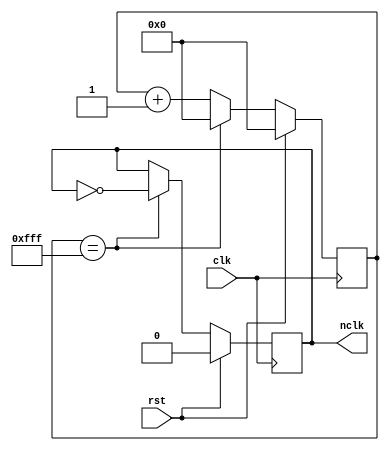
`timescale 1ns / 1ps
//////////////////////////////////////////////////////////////////////////////////
// Company: 
// Engineer: 
// 
// Create Date:    
// Design Name:    
// Module Name:    
// Project Name: 
// Target Devices: 
// Tool versions: 
// Description: 
//
// Dependencies: 
//
// Revision: 
// Revision 0.01 - File Created
// Additional Comments:        
//
//////////////////////////////////////////////////////////////////////////////////
module div_frec2(
	input wire clk, rst,    
	output reg nclk      
    );
	  
reg [11:0] cuenta; 
 
always @(posedge clk)
		if(rst)
			begin
				nclk <= 12'b0;
				cuenta <= 1'b0;
			end 
		else 	
			if(cuenta == 12'd4095)
				begin                    
					cuenta <= 12'h0;  
					nclk <= ~nclk;  
				end 
			else 
				cuenta <= cuenta + 1'b1; 
 
endmodule